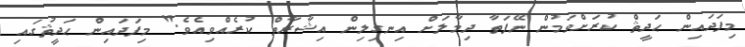
މިފަދައިން ޙަދީޘް ކުރަށްވަމުން ނޭފަތާ ދިމާލަށް އިނގިލިން އިޝާރާތް ކުރެއްވިއެވެ." މިފަދައިން ޙަދީޘުގައި